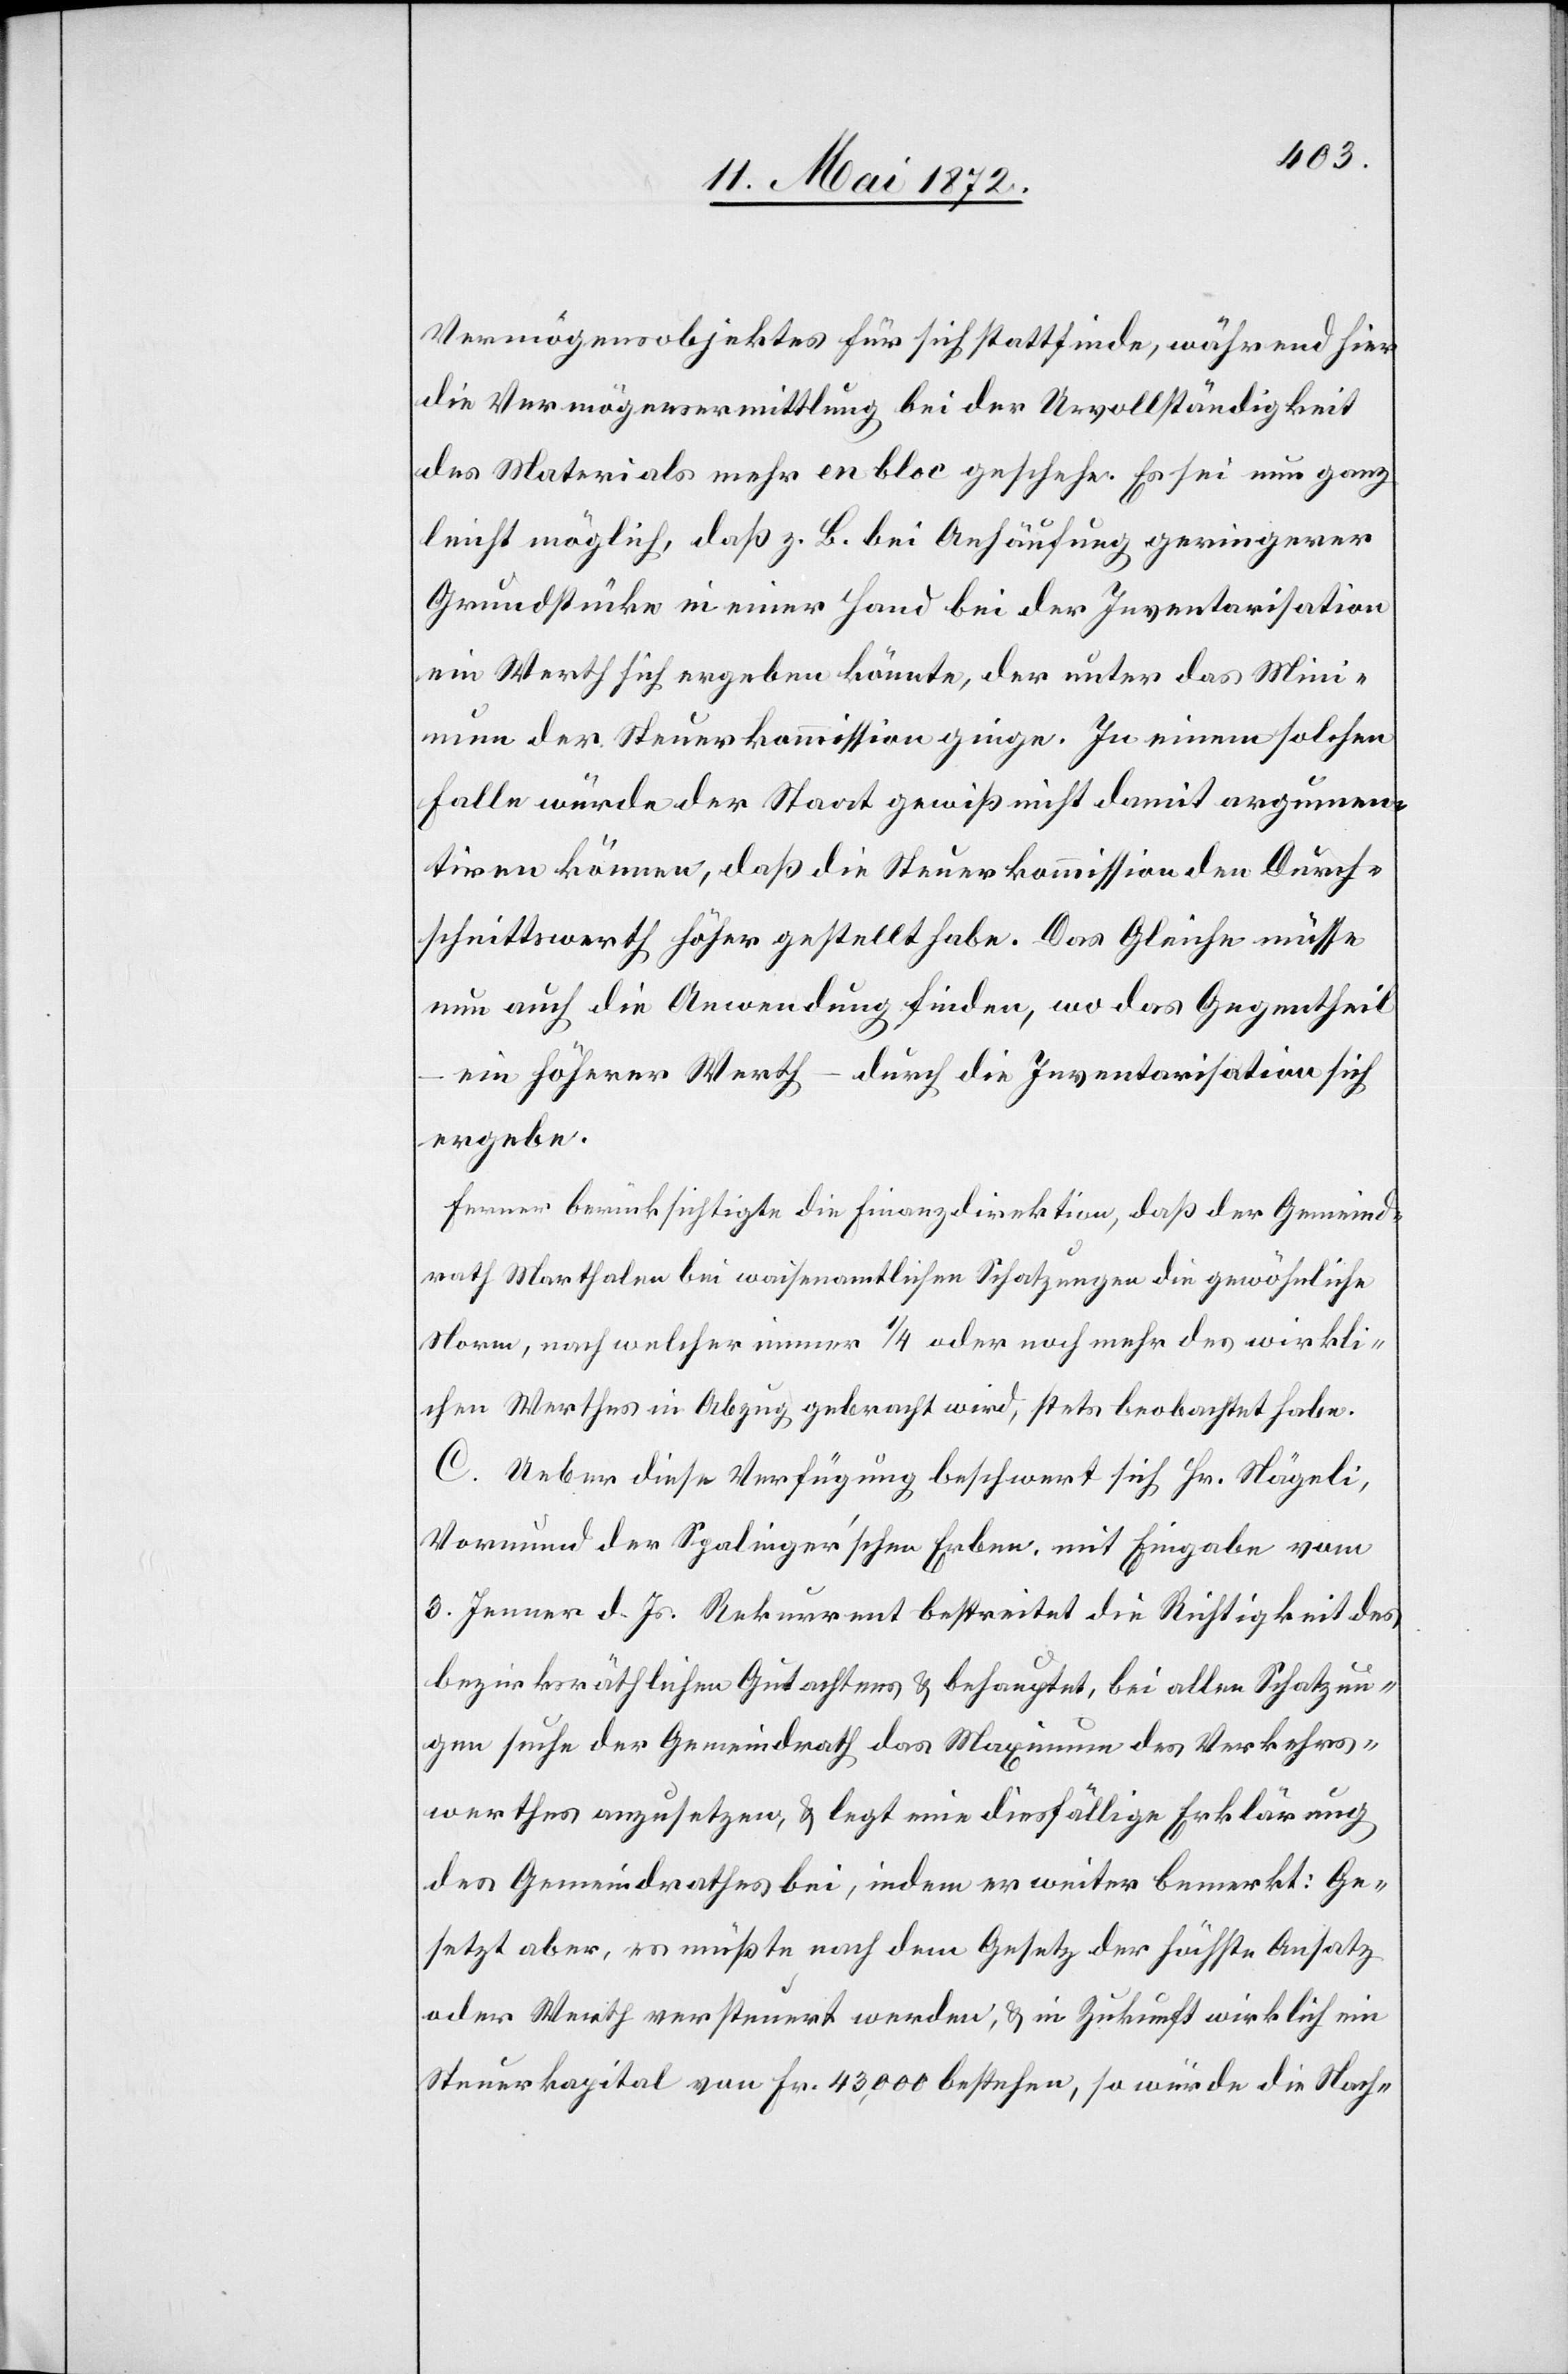
Vermögensobjektes für sich stattfinde, während hier
die Vermögensermittlung bei der Unvollständigkeit
des Materials mehr en bloc geschehe. Es sei nun ganz
leicht möglich, daß z. B. bei Anhäufung geringerer
Grundstücke in einer Hand bei der Inventarisation
ein Werth sich ergeben könnte, der unter das Mini¬
mum der Steuerkommission ginge. In einem solche
Falle würde der Staat gewiß nicht damit argumen¬
tiren können, daß die Steuerkommission den Durch¬
schnittswerth höher gestellt habe. Das Gleiche müsse
nun auch die Anwendung finden, wo das Gegentheil
ein höherer Werth – durch die Inventarisation sich
ergebe.
Ferner berücksichtigte die Finanzdirektion, daß der Gemeind¬
rath Marthalen bei waisenamtlichen Schatzungen die gewöhnliche
Norm, nach welcher immer 1/4 oder noch mehr des wirkli¬
chen Werthes in Abzug gebracht wird, stets beobachtet habe.
C. Ueber diese Verfügung beschwert sich Hr. Nägeli,
Vormund der Spalinger’schen Erben, mit Eingabe vom
3. Jenner d. Js. Rekurrent bestreitet die Richtigkeit des
bezirksräthlichen Gutachtens u. behauptet, bei allen Schatzun¬
gen suche der Gemeindrath das Maximum des Verkehrs¬
werthes anzusetzen, u. legt eine diesfällige Erklärung
des Gemeindrathes bei, indem er weiter bemerkt: Ge¬
setzt aber, es müßte nach dem Gesetz der höchste Ansatz
oder Werth versteuert werden, u. in Zukunft wirklich ein
Steuerkapital von Fr. 43,000 bestehen, so würde die Nach-